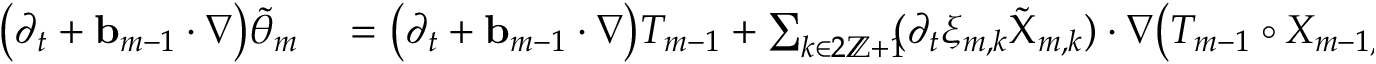
\begin{array} { r l } { \bigl ( \partial _ { t } + \ensuremath { \mathbf { b } } _ { m - 1 } \cdot \nabla \bigr ) \tilde { \theta } _ { m } } & { { } = \bigl ( \partial _ { t } + \ensuremath { \mathbf { b } } _ { m - 1 } \cdot \nabla \bigr ) T _ { m - 1 } + \sum _ { k \in 2 \ensuremath { \mathbb { Z } } + 1 } \! \! ( \partial _ { t } \xi _ { m , k } \tilde { \Chi } _ { m , k } ) \cdot \nabla \bigl ( T _ { m - 1 } \circ X _ { m - 1 , l _ { k } } \bigr ) \circ X _ { m - 1 , l _ { k } } ^ { - 1 } } \end{array}